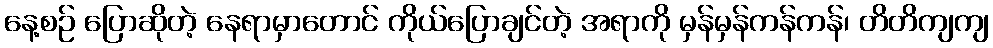
နေ့စဉ် ပြောဆိုတဲ့ နေရာမှာတောင် ကိုယ်ပြောချင်တဲ့ အရာကို မှန်မှန်ကန်ကန်၊ တိတိကျကျ